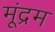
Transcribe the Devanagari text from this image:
मूंद्रम